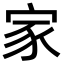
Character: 家